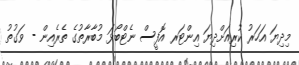
މިދިޔަ އަހަރު ކުރިއަށްދިޔަ އިންޓަރ އޮފީސް ނެޓްބޯޅަ މުބާރާތުގެ ތެރެއިން - ވަގުތު